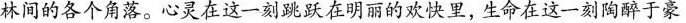
林间的各个角落。心灵在这一刻跳跃在明丽的欢快里，生命在这一刻陶醉于豪